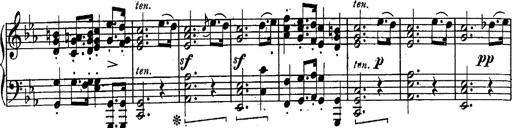
Title: Schubert's Impromptus [revised and edited by Franz Liszt]
Composer: Franz Liszt